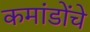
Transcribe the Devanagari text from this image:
कमांडोंचे